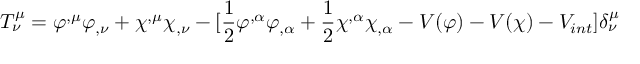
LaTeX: T _ { \nu } ^ { \mu } = \varphi ^ { , \mu } \varphi _ { , \nu } + \chi ^ { , \mu } \chi _ { , \nu } - \lbrack \frac { 1 } { 2 } \varphi ^ { , \alpha } \varphi _ { , \alpha } + \frac { 1 } { 2 } \chi ^ { , \alpha } \chi _ { , \alpha } - V ( \varphi ) - V ( \chi ) - V _ { i n t } \rbrack \delta _ { \nu } ^ { \mu }